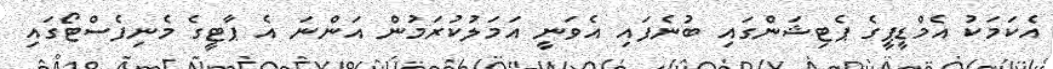
އެކަމަކު އެމްޑީޕީގެ ޕެޓިޝަންގައި ބުނެފައިި އެވަނީ އަމަލުކުރަމުން އަންނަ އެ ޕާޓީގެ މެނިފެސްޓޯގައި